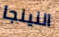
النينجا